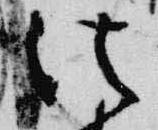
法